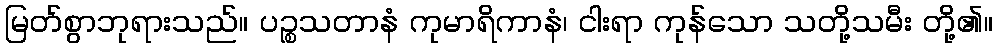
မြတ်စွာဘုရားသည်။ ပဉ္စသတာနံ ကုမာရိကာနံ၊ ငါးရာ ကုန်သော သတို့သမီး တို့၏။